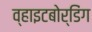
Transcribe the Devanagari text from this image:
व्हाइटबोर्डिंग